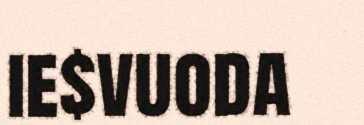
ie$vuoda